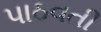
પાઠવતી